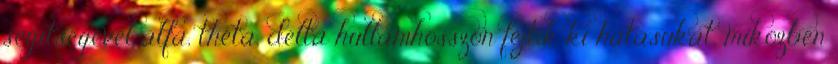
segítségével alfa, théta, delta hullámhosszon fejtik ki hatásukat, miközben